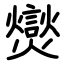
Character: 爕